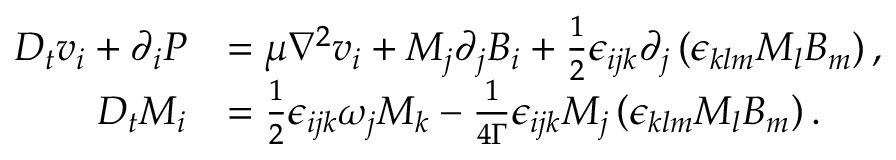
\begin{array} { r l } { D _ { t } v _ { i } + \partial _ { i } P } & { = \mu \nabla ^ { 2 } v _ { i } + M _ { j } \partial _ { j } B _ { i } + \frac { 1 } { 2 } \epsilon _ { i j k } \partial _ { j } \left( \epsilon _ { k l m } M _ { l } B _ { m } \right) , } \\ { D _ { t } M _ { i } } & { = \frac { 1 } { 2 } \epsilon _ { i j k } \omega _ { j } M _ { k } - \frac { 1 } { 4 \Gamma } \epsilon _ { i j k } M _ { j } \left( \epsilon _ { k l m } M _ { l } B _ { m } \right) . } \end{array}